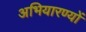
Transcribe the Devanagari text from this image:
अभियारण्यों